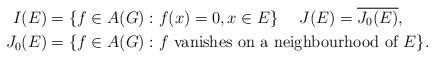
LaTeX: \begin{align*}I(E)& =\{f\in A(G) : f(x)=0, x\in E\} \quad\; J(E)=\overline{J_0(E)}, \\\;\;J_0(E)& =\{f\in A(G) : f \mbox{ vanishes on a neighbourhood of } E\}.\end{align*}